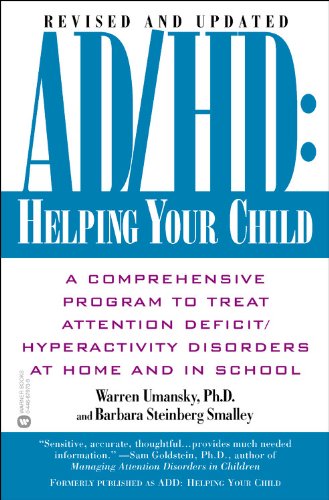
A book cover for AD/HD: Helping Your Child: A Comprehensive Program to Treat Attention Deficit/Hyperactivity Disorders at Home and in School; Warren Umansky; Parenting & Relationships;